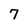
Character: 7